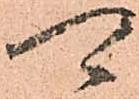
可